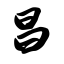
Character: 昌